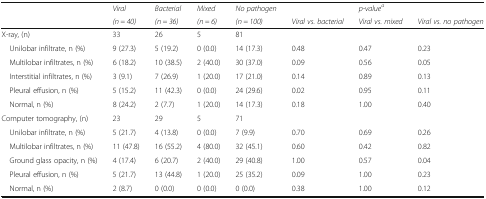
<table><thead><tr><td rowspan="2"></td><td><b><i>Viral</i></b></td><td><b><i>Bacterial</i></b></td><td><b><i>Mixed</i></b></td><td><b><i>No pathogen</i></b></td><td></td><td><b><i>p-value</i><sup><i>a</i></sup></b></td><td></td></tr><tr><td><b><i>(n = 40)</i></b></td><td><b><i>(n = 36)</i></b></td><td><b><i>(n = 6)</i></b></td><td><b><i>(n = 100)</i></b></td><td><b><i>Viral vs. bacterial</i></b></td><td><b><i>Viral vs. mixed</i></b></td><td><b><i>Viral vs. no pathogen</i></b></td></tr></thead><tbody><tr><td>X-ray, (n)</td><td>33</td><td>26</td><td>5</td><td>81</td><td></td><td></td><td></td></tr><tr><td> Unilobar infiltrate, n (%)</td><td>9 (27.3)</td><td>5 (19.2)</td><td>0 (0.0)</td><td>14 (17.3)</td><td>0.48</td><td>0.47</td><td>0.23</td></tr><tr><td> Multilobar infiltrates, n (%)</td><td>6 (18.2)</td><td>10 (38.5)</td><td>2 (40.0)</td><td>30 (37.0)</td><td>0.09</td><td>0.56</td><td>0.05</td></tr><tr><td> Interstitial infiltrates, n (%)</td><td>3 (9.1)</td><td>7 (26.9)</td><td>1 (20.0)</td><td>17 (21.0)</td><td>0.14</td><td>0.89</td><td>0.13</td></tr><tr><td> Pleural effusion, n (%)</td><td>5 (15.2)</td><td>11 (42.3)</td><td>0 (0.0)</td><td>24 (29.6)</td><td>0.02</td><td>0.95</td><td>0.11</td></tr><tr><td> Normal, n (%)</td><td>8 (24.2)</td><td>2 (7.7)</td><td>1 (20.0)</td><td>14 (17.3)</td><td>0.18</td><td>1.00</td><td>0.40</td></tr><tr><td>Computer tomography, (n)</td><td>23</td><td>29</td><td>5</td><td>71</td><td></td><td></td><td></td></tr><tr><td> Unilobar infiltrate, n (%)</td><td>5 (21.7)</td><td>4 (13.8)</td><td>0 (0.0)</td><td>7 (9.9)</td><td>0.70</td><td>0.69</td><td>0.26</td></tr><tr><td> Multilobar infiltrates, n (%)</td><td>11 (47.8)</td><td>16 (55.2)</td><td>4 (80.0)</td><td>32 (45.1)</td><td>0.60</td><td>0.42</td><td>0.82</td></tr><tr><td> Ground glass opacity, n (%)</td><td>4 (17.4)</td><td>6 (20.7)</td><td>2 (40.0)</td><td>29 (40.8)</td><td>1.00</td><td>0.57</td><td>0.04</td></tr><tr><td> Pleural effusion, n (%)</td><td>5 (21.7)</td><td>13 (44.8)</td><td>1 (20.0)</td><td>25 (35.2)</td><td>0.09</td><td>1.00</td><td>0.23</td></tr><tr><td> Normal, n (%)</td><td>2 (8.7)</td><td>0 (0.0)</td><td>0 (0.0)</td><td>0 (0.0)</td><td>0.38</td><td>1.00</td><td>0.12</td></tr></tbody></table>